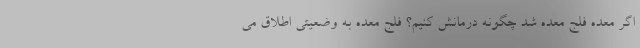
اگر معده فلج معده شد چگونه درمانش کنیم؟ فلج معده به وضعیتی اطلاق می